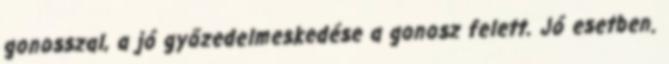
gonosszal, a jó győzedelmeskedése a gonosz felett. Jó esetben.